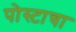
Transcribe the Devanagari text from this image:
पोस्टाचा